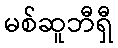
မစ်ဆူဘီရှီ